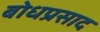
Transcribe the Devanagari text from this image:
बोधप्रसाद